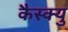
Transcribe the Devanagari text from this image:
कैस्क्यु